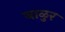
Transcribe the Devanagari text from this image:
बाळुर